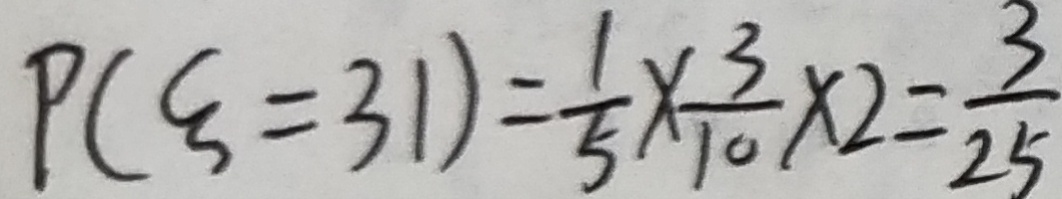
P ( \varepsilon = 3 1 ) = \frac { 1 } { 5 } \times \frac { 3 } { 1 0 } \times 2 = \frac { 3 } { 2 5 }